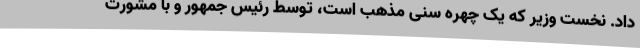
داد. نخست وزیر که یک چهره سنی مذهب است، توسط رئیس جمهور و با مشورت